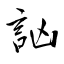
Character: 訩